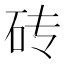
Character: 砖